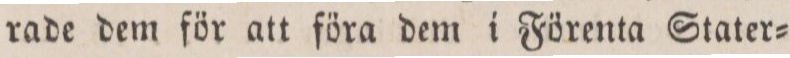
rade dem för att föra dem i Förenta Stater=